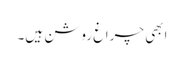
ابھی چراغ روشن ہیں۔